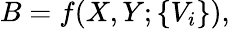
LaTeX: B=f(X,Y;\{ V_{i}\} ),